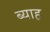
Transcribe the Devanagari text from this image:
ब्‍याह